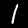
Digit: 1